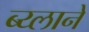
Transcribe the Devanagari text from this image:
ब्य्लाने